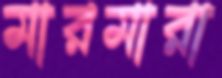
মারমারা